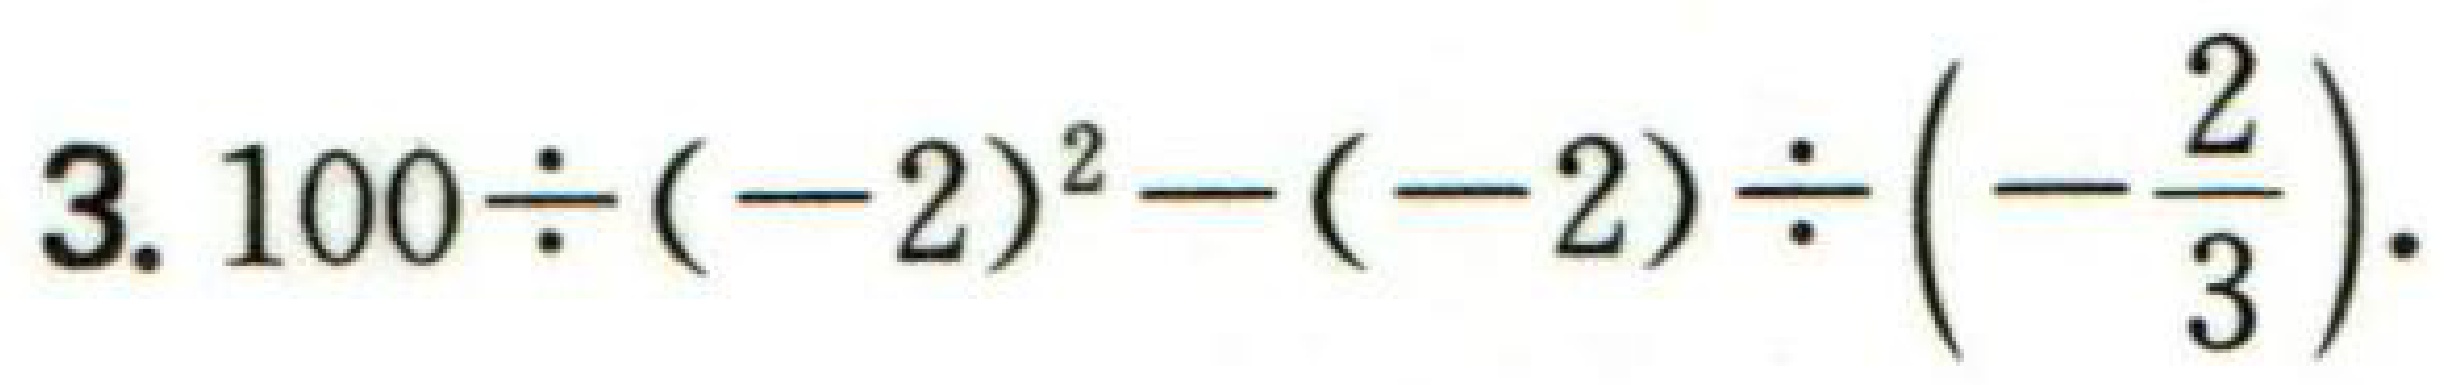
$3.100\div (-2)^{2}-(-2)\div \left(-\dfrac{2}{3}\right).$